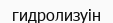
гидролизуін